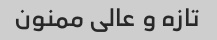
تازه و عالی ممنون